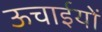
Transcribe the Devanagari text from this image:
ऊचाईयों